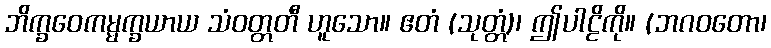
ဘိက္ခဝေကမ္မက္ခယာယ သံဝတ္တတီ ဟူသော။ ဧတံ (သုတ္တံ)၊ ဤပါဠိကို။ (ဘဂဝတော၊